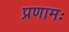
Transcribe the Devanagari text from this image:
प्रणामः